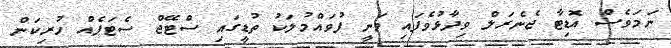
ނަމަވެސް އޮޑިޓާ ޖެނެރަލް ވިދާޅުވެފައި ވަނީ ފުވައްމުލަކު ތުޑީގައި ސްޓޭޖް ސެޓަޕެއް ހުރިކަން